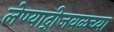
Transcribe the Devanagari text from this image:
लेण्याद्रीजवळच्या